Vaccination in Burma 1920-1933 - 1920-1933
Year: 1920
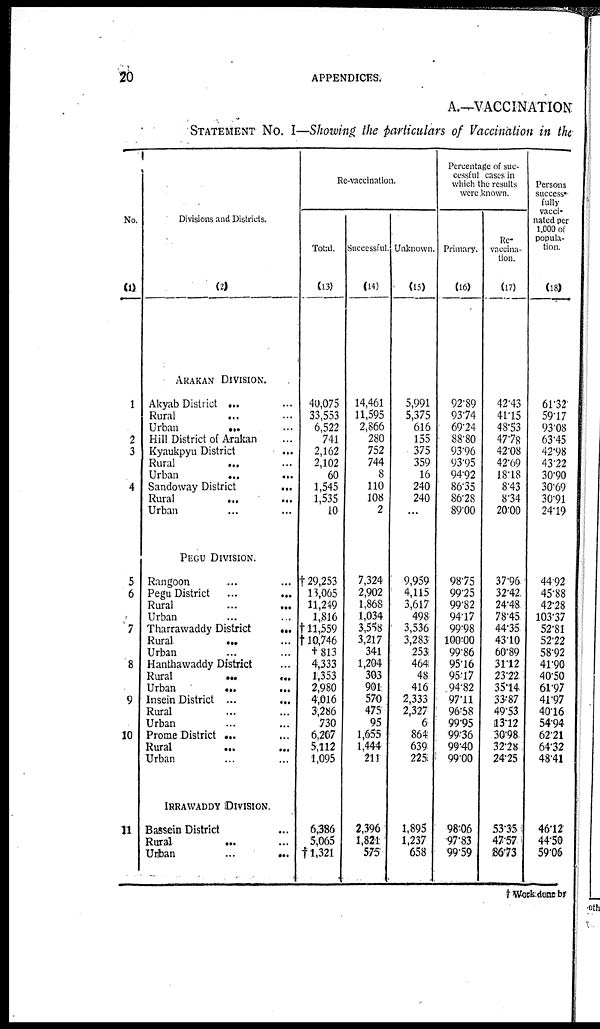
20
APPENDICES.
A.—VACCINATION
STATEMENT No. I—Showing the particulars of Vaccination in the
No.
(1)
1
2
3
4
5
6
7
8
9
10
11
Divisions and Districts.
(2)
ARAKAN DIVISION.
Akyab District ... ...
Rural ... ...
Urban
... ...
Hill District of Arakan ...
Kyaukpyu District ...
Rural
... ...
Urban
...
...
Sandoway District
...
Rural
...
...
Urban ... ...
PEGU DIVISION.
Rangoon ... ...
Pegu District
...
...
Rural ... ...
Urban ... ...
Tharrawaddy District
...
Rural
... ...
Urban ... ...
Hanthawaddy District ...
Rural
...
...
Urban
...
...
Insein District ...
...
Rural ... ...
Urban ... ...
Prome District ... ...
Rural
...
...
Urban ... ...
IRRAWADDY DIVISION.
Bassein District ...
Rural
... ...
Urban
...
...
Re-vaccination.
Total.
(13)
40,075
33,553
6,522
741
2,162
2,102
60
1,545
1,535
10
†29,253
13,065
11,249
1,816
†11,559
†10,746
† 813
4,333
1,353
2,980
4,016
3,286
730
6,207
5,112
1,095
6,386
5,065
† 1,321
Successful.
(14)
14,461
11,595
2,866
280
752
744
8
110
108
2
7,324
2,902
1,868
1,034
3,558
3,217
341
1,204
303
901
570
475
95
1,655
1,444
211
2,396
1,821
575
Unknown.
(15)
5,991
5,375
616
155
375
359
16
240
240
...
9,959
4,115
3,617
498
3,536
3,283
253
464
48
416
2,333
2,327
6
864
639
225
1,895
1,237
658
Percentage of suc-
cessful cases in
which the results
were known.
Primary.
(16)
92.89
93.74
69.24
88.80
93.96
93.95
94.92
86.35
86.28
89.00
98.75
99.25
99.82
94.17
99.98
100.00
99.86
95.16
95.17
94.82
97.11
96.58
99.95
99.36
99.40
99.00
98.06
97.83
99.59
Re¬
vaccina-
tion.
(17)
42.43
41.15
48.53
47.78
42.08
42.69
18.18
8.43
8.34
20.00
37.96
32.42
24.48
78.45
44.35
43.10
60.89
31.12
23.22
35.14
33.87
49.53
13.12
30.98
32.28
24.25
53.35
47.57
86.73
Persons
success¬
fully
vacci-
nated per
1,000 of
popula-
tion.
(18)
61.32
59.17
93.08
63.45
42.98
43.22
30.90
30.69
30.91
24.19
44.92
45.88
42.28
103.37
52.81
52.22
58.92
41.90
40.50
61.97
41.97
40.16
54.94
62.21
64.32
48.41
46.12
44.50
59.06
† Work done by